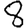
Digit: 8